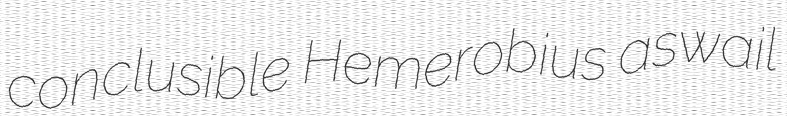
conclusible Hemerobius aswail